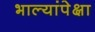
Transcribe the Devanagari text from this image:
भाल्यांपेक्षा